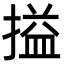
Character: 搤